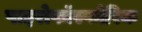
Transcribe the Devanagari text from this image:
पाइरोफॉस्फोरिक